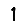
Digit: 1